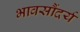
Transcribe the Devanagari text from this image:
भावसौंदर्य